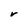
Character: r